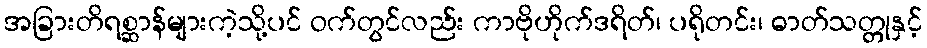
အခြားတိရစ္ဆာန်များကဲ့သို့ပင် ဝက်တွင်လည်း ကာဗိုဟိုက်ဒရိတ်၊ ပရိုတင်း၊ ဓာတ်သတ္တုနှင့်